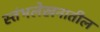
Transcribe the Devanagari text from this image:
स्तंभलेखनातील